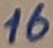
Text: 16